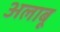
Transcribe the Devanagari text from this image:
अलाबू